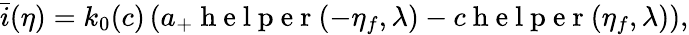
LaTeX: \bar{i}(\eta)=k_{0}(c)\left(a_{+}\mathrm{~h~e~l~p~e~r~}(-\eta_{f},\lambda)-c\mathrm{~h~e~l~p~e~r~}(\eta_{f},\lambda)\right),